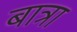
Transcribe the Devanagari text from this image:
बात्रा